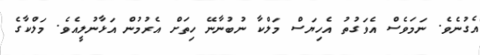
އެގުނެވެ. ނަމަވެސް އެވަގުތު އެހިޔަސް މަލްކާ ނުބުނާނޭ ހިތަށް އެރުމުން އަޅާނުލީއެވެ. މަލްކާގެ